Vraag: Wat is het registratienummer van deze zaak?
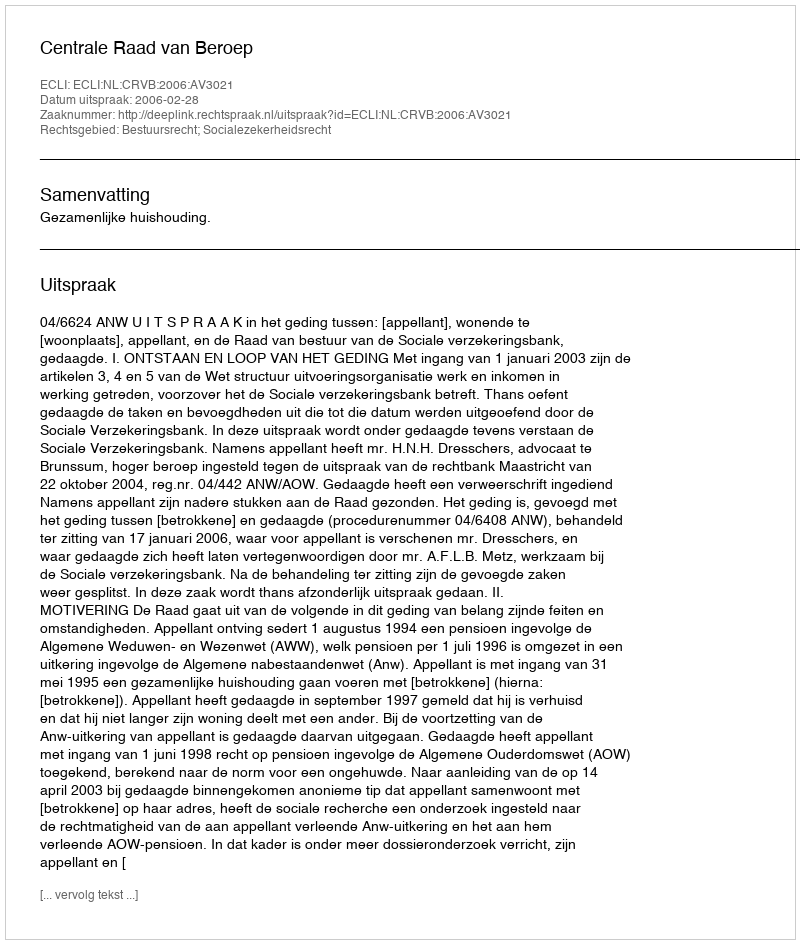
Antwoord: http://deeplink.rechtspraak.nl/uitspraak?id=ECLI:NL:CRVB:2006:AV3021